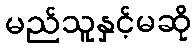
မည်သူနှင့်မဆို